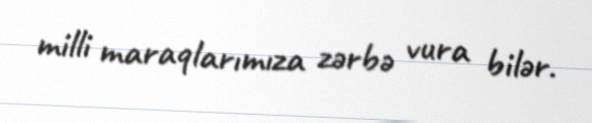
milli maraqlarımıza zərbə vura bilər.